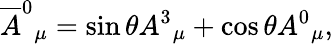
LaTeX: \overline{{{A}}}^{0}{}_{\mu}=\sin{\theta}A^{3}{}_{\mu}+\cos{\theta}A^{0}{}_{\mu},